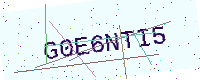
Text: G0E6NTI5